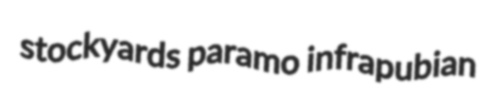
stockyards paramo infrapubian